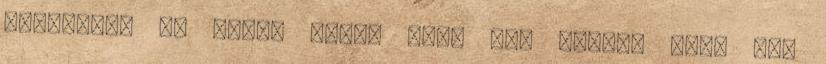
következő öt évre? Előre soha nem tudom, hogy mit